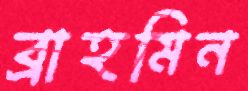
ব্রাহমিন